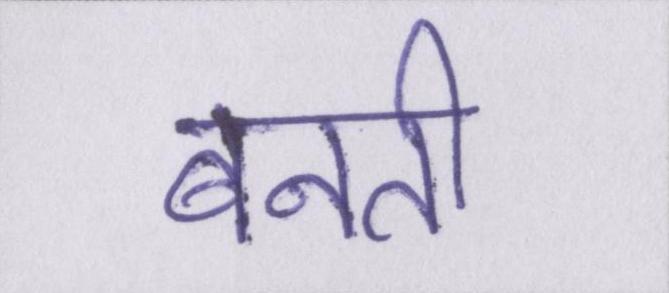
बनती